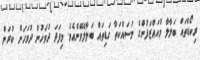
ރިކޯޑްތައް ބަލާލާ މުއައްޒަފުންގެ މަސައްކަތާ ގަޑިތައް ބަލާލެވޭނެއެވެ. މިފަދަ ދުވަހުން ދުވަހަށް ކުރަން